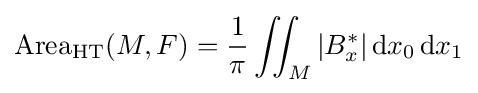
\operatorname {Area} _{\mathrm {HT} }(M,F)={\frac {1}{\pi }}\iint _{M}|B_{x}^{*}|\,\mathrm {d} x_{0}\,\mathrm {d} x_{1}